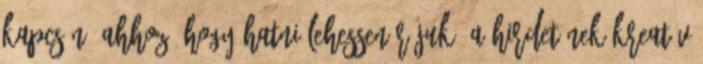
kapcsán. Ahhoz, hogy hatni lehessen rájuk, a hirdetőnek kreatív